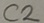
Text: C2